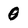
Character: 0